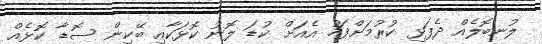
ލުނބޮލެއް ދެފަޅި ކުރުމަށްފަހު އެއަށް ކުޑަ ލޮނު ކޮޅަކާއި ބޭކިން ސޮޑާ ކޮޅެއް